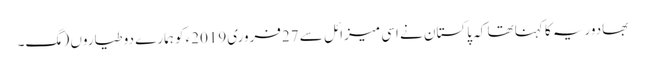
بھادوریہ کا کہنا تھا کہ پاکستان نے اسی میزائل سے 27فروری2019ء کو ہمارے دو طیاروں (مگ۔